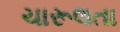
ચારૂલતા